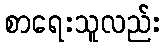
စာရေးသူလည်း